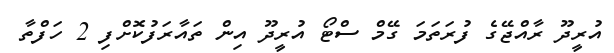
އުރީދޫ ރާއްޖޭގެ ފުރަތަމަ ގޭމް ސްޓޯ އުރީދޫ އިން ތައާރަފުކޮށްފި 2 ހަފްތާ